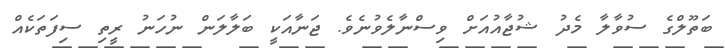
ބަތޫލްގެ ސުވާލާ މެދު ޝުޖާއުއަށް ވިސްނާލެވުނެވެ. ޖަނާއަކީ ބަލާލަން ނުހަނު ރީތި ސިފަތަކެއް